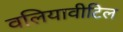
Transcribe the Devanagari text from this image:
वलियावीटिल